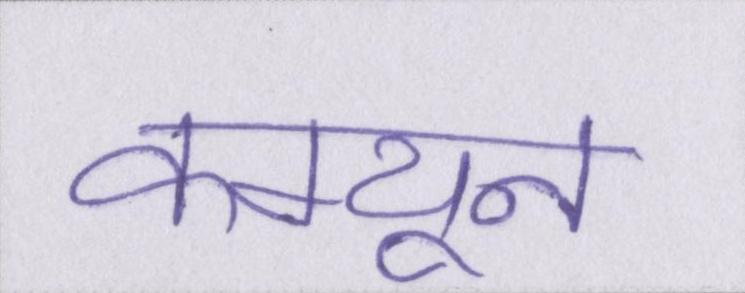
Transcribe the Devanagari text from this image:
कम्यून